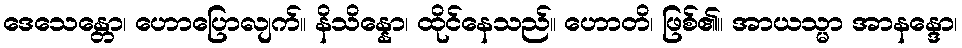
ဒေသေန္တော၊ ဟောပြောလျက်။ နိသိန္နော၊ ထိုင်နေသည်။ ဟောတိ၊ ဖြစ်၏။ အာယသ္မာ အာနန္ဒော၊